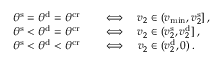
\begin{array} { r l } { \theta ^ { \mathrm { s } } = \theta ^ { \mathrm { d } } = \theta ^ { \mathrm { c r } } \quad } & { { } \Longleftrightarrow \quad v _ { 2 } \in ( v _ { \operatorname* { m i n } } , v _ { 2 } ^ { \mathrm { s } } ] \, , } \\ { \theta ^ { \mathrm { s } } < \theta ^ { \mathrm { d } } = \theta ^ { \mathrm { c r } } \quad } & { { } \Longleftrightarrow \quad v _ { 2 } \in ( v _ { 2 } ^ { \mathrm { s } } , v _ { 2 } ^ { \mathrm { d } } ] \, , } \\ { \theta ^ { \mathrm { s } } < \theta ^ { \mathrm { d } } < \theta ^ { \mathrm { c r } } \quad } & { { } \Longleftrightarrow \quad v _ { 2 } \in ( v _ { 2 } ^ { \mathrm { d } } , 0 ) \, . } \end{array}